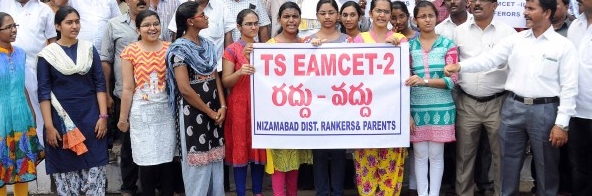
Language: telugu
Transcription: రద్దు